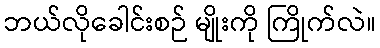
ဘယ်လိုခေါင်းစဉ် မျိုးကို ကြိုက်လဲ။